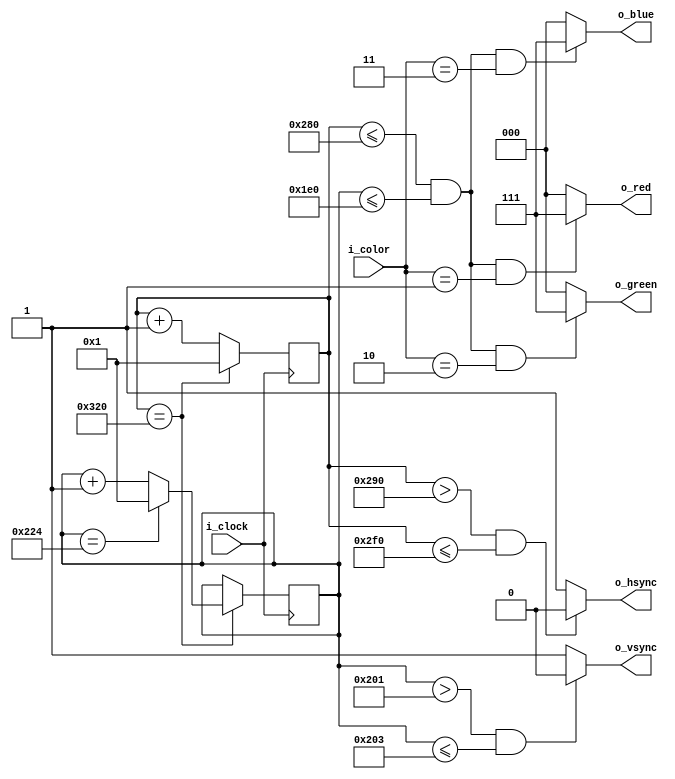
// VGA timing (https://projectf.io/posts/video-timings-vga-720p-1080p/)
// DATW=data width, FRNP=front porch, PULW=pulse width, BCKP=back porch

`define HSYN_DATW 640
`define HSYN_FRNP  16
`define HSYN_PULW  96
`define HSYN_BCKP  48

`define VSYN_DATW 480
`define VSYN_FRNP  10
`define VSYN_PULW   2
`define VSYN_BCKP  33

module sync(i_clock, i_color, o_hsync, o_vsync, o_red, o_green, o_blue);

  input i_clock;

  // Selected color (0=black, 1=red, 2=green, 3=blue)
  input [1:0] i_color;

  output o_hsync;
  output o_vsync;

  // 3 bit RGB channels
  output [2:0] o_red;
  output [2:0] o_green;
  output [2:0] o_blue;

  // 10 bit counters: one for the columns (800) and one for the rows (525)
  reg [9:0] r_col_counter = 0;
  reg [9:0] r_row_counter = 0;

  // At which pixels the hsync/vsync pulse starts (PULS) and ends (PULE)
  localparam HSYN_PULS = `HSYN_DATW + `HSYN_FRNP;
  localparam HSYN_PULE =  HSYN_PULS + `HSYN_PULW;
  localparam VSYN_PULS = `VSYN_DATW + `VSYN_BCKP;
  localparam VSYN_PULE =  VSYN_PULS + `VSYN_PULW;

  // Running the counters
  always @(posedge i_clock) begin
    if (r_col_counter == HSYN_PULE + `HSYN_BCKP) begin
      r_col_counter <= 1;

      if (r_row_counter == VSYN_PULE + `VSYN_BCKP)
        r_row_counter <= 1;
      else
        r_row_counter <= r_row_counter + 1;
    end else
      r_col_counter <= r_col_counter + 1;
  end

  // Generate the sync pulses
  assign o_hsync = r_col_counter > HSYN_PULS & r_col_counter <= HSYN_PULE ? 0 : 1;
  assign o_vsync = r_row_counter > VSYN_PULS & r_row_counter <= VSYN_PULE ? 0 : 1;

  assign o_red   = r_col_counter <= `HSYN_DATW && r_row_counter <= `VSYN_DATW && i_color == 1 ? 3'b111 : 3'b000;
  assign o_green = r_col_counter <= `HSYN_DATW && r_row_counter <= `VSYN_DATW && i_color == 2 ? 3'b111 : 3'b000;
  assign o_blue  = r_col_counter <= `HSYN_DATW && r_row_counter <= `VSYN_DATW && i_color == 3 ? 3'b111 : 3'b000;

endmodule